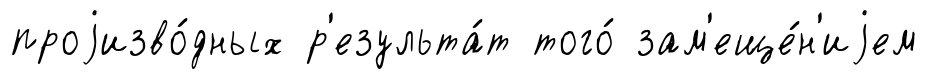
проjизво́дных р'езульта́т того́ зам'еще́н'иjем